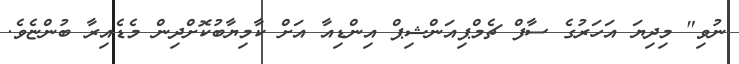
ނުވި" މިދިޔަ އަހަރުގެ ސާފް ޗެމްޕިއަންޝިޕް އިންޑިއާ އަށް ކާމިޔާބުކޮށްދިން މެޑެއިރާ ބުންޏެވެ.